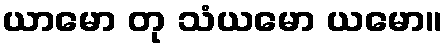
ယာမော တု သံယမော ယမော။